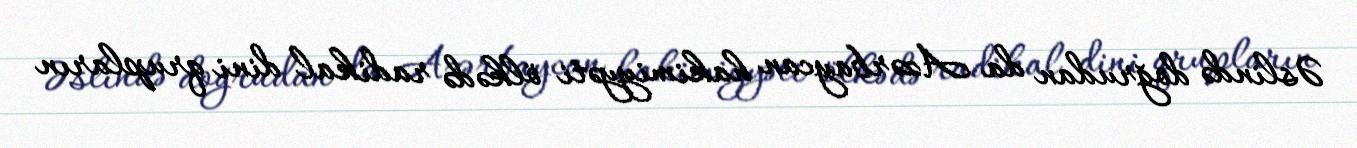
Əslində doğrudan da Azərbaycan hakimiyyəti ölkədə radikal dini qrupların